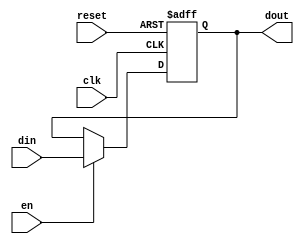
module reg8(input [7:0] din , input clk , input reset , input en , output [7:0] dout )  ;

wire [7:0] r_in;
reg [7:0] r_out;

always @ (posedge clk , posedge reset)
begin
    if(reset)
        r_out<=8'b11111111;
    else  
        r_out<=r_in;
end


assign dout=r_out;
assign r_in=en?din:r_out;

endmodule


module subone(input [7:0] I , output [7:0] O );
assign O=I-1;
endmodule


module downcount(input clk , input start , output [7:0] data );

wire [7:0] r_in;
wire [7:0] r_out;

wire en;
assign en=1;


reg8 regdip(r_in, clk,start,en,r_out);
subone subdip(r_out,r_in);
assign data=r_out;

endmodule




`timescale 1ps/1ps


module downcounter_tb;
reg  start ;
reg clk ;
wire [7:0] data;

downcount dip(clk,start,data);

always begin

    clk=~clk;
    #10;

end

initial begin

    clk<=0;
    start<=1;
    #20;
    start<=0;
    #20;
    #20;
    #20;
    #20;
    #20;
    #20;
    #20;
    #20;
    #20;
    
    $finish;
end


initial
begin
    $monitor("data=%b \n",data);
end

endmodule